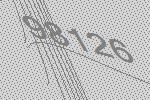
98126